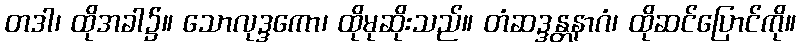
တဒါ၊ ထိုအခါ၌။ သောလုဒ္ဒကော၊ ထိုမုဆိုးသည်။ တံဆဒ္ဒန္တနာဂံ၊ ထိုဆင်ပြောင်ကို။